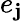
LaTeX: e_{\mathbf{j}}